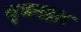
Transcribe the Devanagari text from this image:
सृजनहार